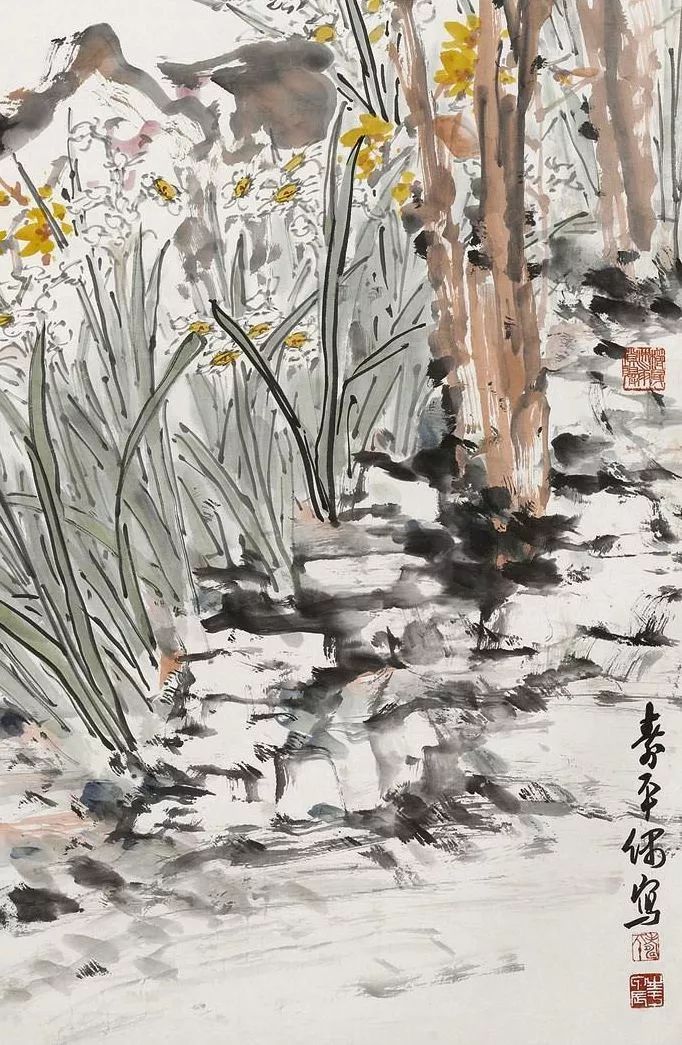
譬犹使人负剑，而求其寿也。